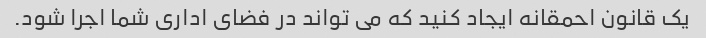
یک قانون احمقانه ایجاد کنید که می تواند در فضای اداری شما اجرا شود.